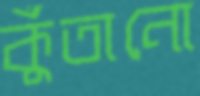
কুঁতানো